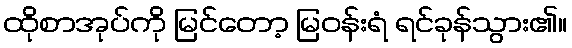
ထိုစာအုပ်ကို မြင်တော့ မြဝန်းရံ ရင်ခုန်သွား၏။